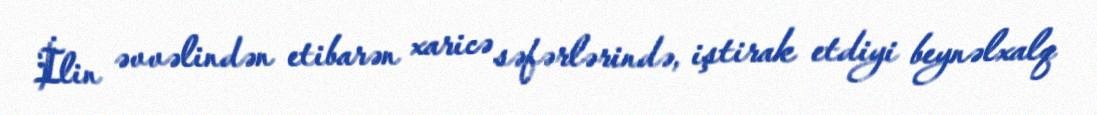
İlin əvvəlindən etibarən xaricə səfərlərində, iştirak etdiyi beynəlxalq